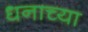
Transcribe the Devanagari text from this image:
धनाच्या